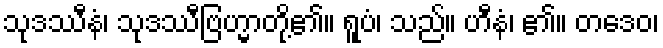
သုဒဿီနံ၊ သုဒဿီဗြဟ္မာတို့၏။ ရူပံ၊ သည်။ ဟီနံ၊ ၏။ တဒေဝ၊